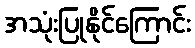
အသုံးပြုနိုင်ကြောင်း